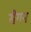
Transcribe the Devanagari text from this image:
सैगन